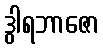
ဒွါရဘာဇော